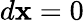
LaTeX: d\mathbf{x}=0